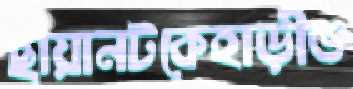
ছায়ানটকেহাড়ীভ